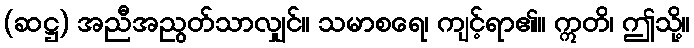
(ဆဋ္ဌ) အညီအညွတ်သာလျှင်။ သမာစရေ၊ ကျင့်ရာ၏။ ဣတိ၊ ဤသို့။